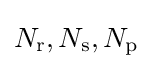
N_{\text{r}},N_{\text{s}},N_{\text{p}}